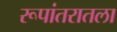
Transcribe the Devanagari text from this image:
रूपांतरातला